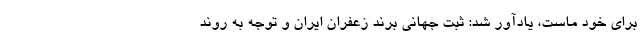
برای خود ماست، یادآور شد: ثبت جهانی برند زعفران ایران و توجه به روند